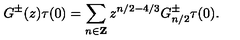
G ^ { \pm } ( z ) \tau ( 0 ) = \sum _ { n \in { \bf Z } } z ^ { n / 2 - 4 / 3 } G _ { n / 2 } ^ { \pm } \tau ( 0 ) .